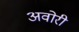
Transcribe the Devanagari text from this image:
अवोरी